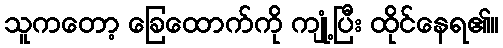
သူကတော့ ခြေထောက်ကို ကျုံ့ပြီး ထိုင်နေရ၏။